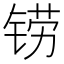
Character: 铹